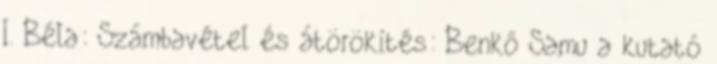
I. Béla: Számbavétel és átörökítés: Benkő Samu a kutató